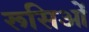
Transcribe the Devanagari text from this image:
रूसिओं